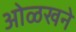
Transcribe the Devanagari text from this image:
ओळखने